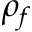
\rho _ { f }